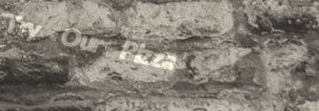
Try Our Pizza